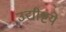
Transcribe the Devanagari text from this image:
उद्यीष्टये